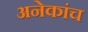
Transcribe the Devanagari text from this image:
अनेकांच